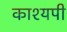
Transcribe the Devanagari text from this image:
काश्यपी